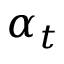
\alpha _ { t }